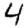
Digit: 4